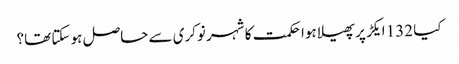
کیا 132 ایکڑ پر پھیلا ہوا حکمت کا شہر نوکری سے حاصل ہو سکتا تھا؟